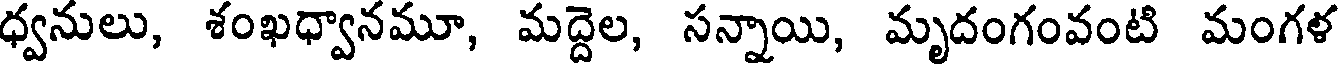
ధ్వనులు, శంఖధ్వానమూ, మద్దెల, సన్నాయి, మృదంగంవంటి మంగళ